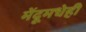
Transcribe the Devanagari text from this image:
मेंदूमधेही